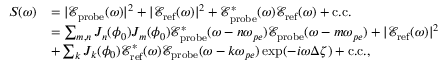
\begin{array} { r l } { S ( \omega ) } & { = | \mathcal { E } _ { \mathrm { p r o b e } } ( \omega ) | ^ { 2 } + | \mathcal { E } _ { \mathrm { r e f } } ( \omega ) | ^ { 2 } + \mathcal { E } _ { \mathrm { p r o b e } } ^ { * } ( \omega ) \mathcal { E } _ { \mathrm { r e f } } ( \omega ) + \mathrm { c . c . } } \\ & { = \sum _ { m , n } J _ { n } ( \phi _ { 0 } ) J _ { m } ( \phi _ { 0 } ) \mathcal { E } _ { \mathrm { p r o b e } } ^ { * } ( \omega - n \omega _ { p e } ) \mathcal { E } _ { \mathrm { p r o b e } } ( \omega - m \omega _ { p e } ) + | \mathcal { E } _ { \mathrm { r e f } } ( \omega ) | ^ { 2 } } \\ & { + \sum _ { k } J _ { k } ( \phi _ { 0 } ) \mathcal { E } _ { \mathrm { r e f } } ^ { * } ( \omega ) \mathcal { E } _ { \mathrm { p r o b e } } ( \omega - k \omega _ { p e } ) \exp ( - i \omega \Delta \zeta ) + \mathrm { c . c . } , } \end{array}